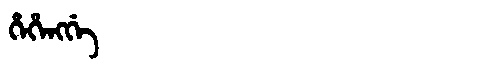
Manchu: ᡥᡝᡥᡝᠩᡤᡝ
Romanization: HEHENGGE